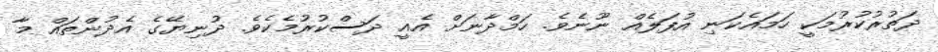
ދަތުރުކުރުމަކީ ހަމައެކަނި އުފަލެއް ނޫނެވެ. ހަމްދާނަށް އެއީ ދަސްކުރުމެކެވެ. ދުނިޔޭގެ އެދުންތައް މާ